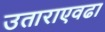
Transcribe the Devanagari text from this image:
उताराएवढा